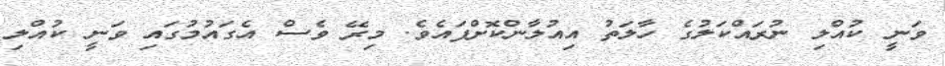
ވަނީ ކުއްލި ނުރައްކަލުގެ ހާލަތު އިއުލާންކޮށްފައެވެ. މިރޭ ވެސް އެގައުމުގައި ވަނީ ކުއްލި